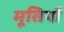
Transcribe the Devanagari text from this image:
मूतिर्यो